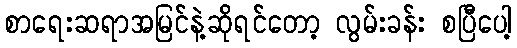
စာရေးဆရာအမြင်နဲ့ဆိုရင်တော့ လွမ်းခန်း စပြီပေါ့